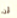
أين